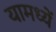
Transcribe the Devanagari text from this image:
यामध्यें